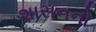
શાસનનો